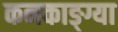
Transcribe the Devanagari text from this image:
कनकाङ्ग्या